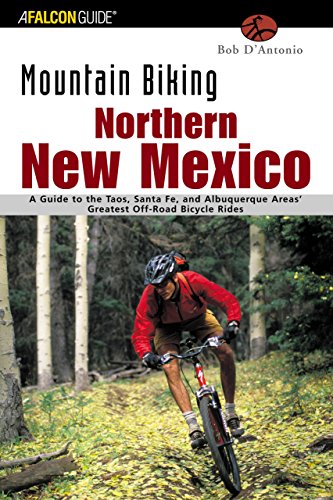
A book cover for Mountain Biking Northern New Mexico: A Guide to the Taos, Santa Fe, and Albuquerque Areas' Greatest Off-Road Bicycle Rides (Regional Mountain Biking Series); Bob D'Antonio; Travel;